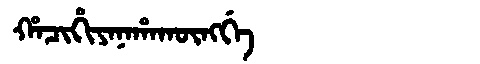
Manchu: ᡥᠠᠴᡳᡥᡳᠶᠠᠨᠠᡥᠠᡴᡡᠩᡤᡝ
Romanization: HACIHIYANAHAKŪNGGE